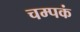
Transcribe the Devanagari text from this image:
चम्पकं